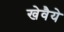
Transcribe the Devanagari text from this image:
खेवैये